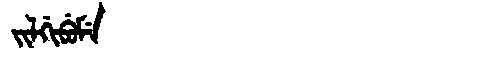
Manchu: ᠵᡳᠯᡤᡳᠪᡠᠮᡝ
Romanization: JILGIBUME